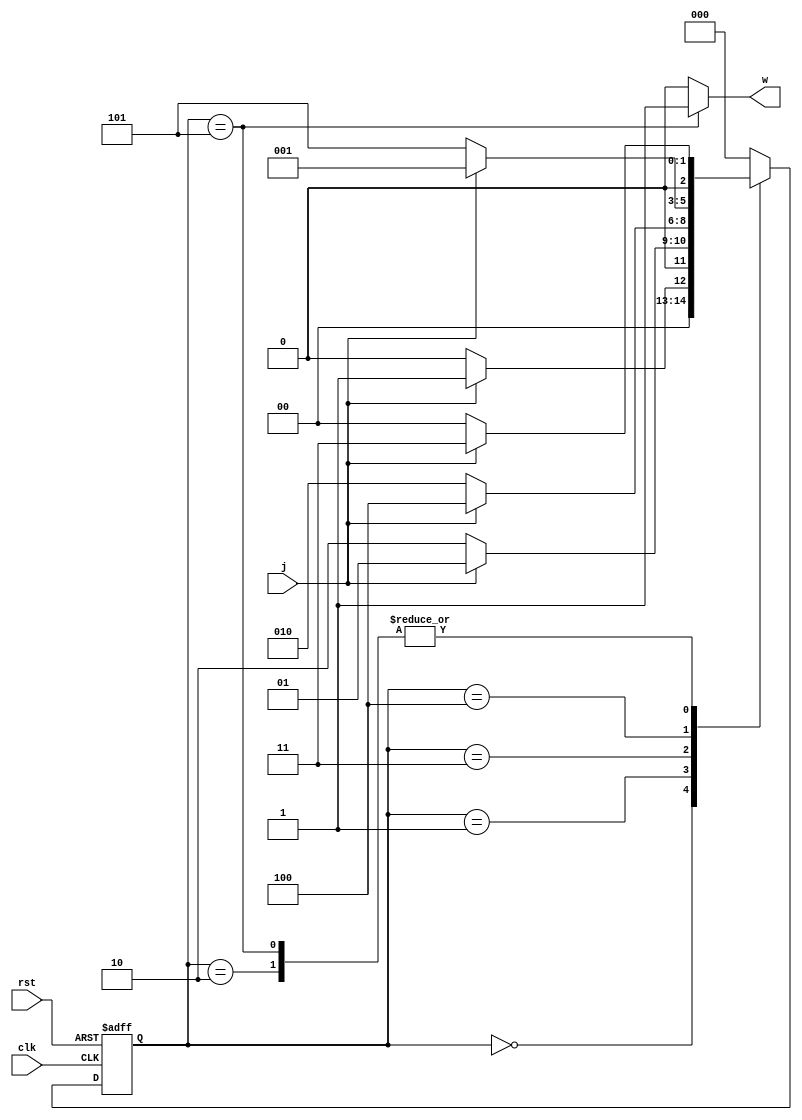
module moore10110_pre(input clk,rst,j, output w);
	reg [2:0] ns,ps;
	parameter [2:0] A=3'b000, B=3'b001, C=3'b010, D=3'b011, E=3'b100, F=3'b101; 
	
	always @(ps,j) begin
		ns = A;
		case(ps)
			A: ns= j ? B : A;
			B: ns= j ? B : C;
			C: ns= j ? D : A;
			D: ns= j ? E : C;
			E: ns= j ? B : F;
			F: ns= j ? D : A;
			default: ns= A;
		endcase
	end

	assign w= (ps==F) ? 1'b1 : 1'b0;

	always @(posedge clk, posedge rst) begin
		if (rst)
			ps <= A;
		else
			ps <= ns;
	end

endmodule
module moore10110_TB();
	reg j=0,clk=0,rst=0;
	wire w1,w2;
	moore10110_pre UUT1(clk,rst,j, w1);
	moore10110 UUT2(clk,rst,j, w2);
	initial begin
		#220 rst = 1;
		#130 rst = 0;
		#200 j = 1;
		#200 j = 0;
		#200 j = 1;
		#200 j = 1;
		#200 j = 0;
		#200 j = 1;
		rst = 1;
		#200 j = 1;
		rst = 0;
		#200 j = 0;
		#200 j = 0;
		#200 j = 1;
		#200 j = 0;
		#200 j = 1;
		#200 j = 0;
		#200 j = 1;
		#200 j = 1;
		#200 j = 0;
		#200 j = 1;
		#200 j = 1;
		#200 j = 0;
		#200 j = 0;
		#200 j = 0;
		#200 j = 1;
		#200 j = 0;
		#200 j = 0;
		#500 $stop;
	end
	always #100 clk = ~clk;
endmodule